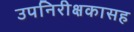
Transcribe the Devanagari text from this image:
उपनिरीक्षकासह